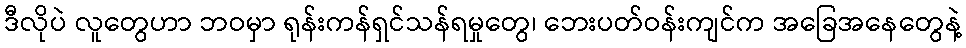
ဒီလိုပဲ လူတွေဟာ ဘဝမှာ ရုန်းကန်ရှင်သန်ရမှုတွေ၊ ဘေးပတ်ဝန်းကျင်က အခြေအနေတွေနဲ့